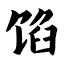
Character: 馅